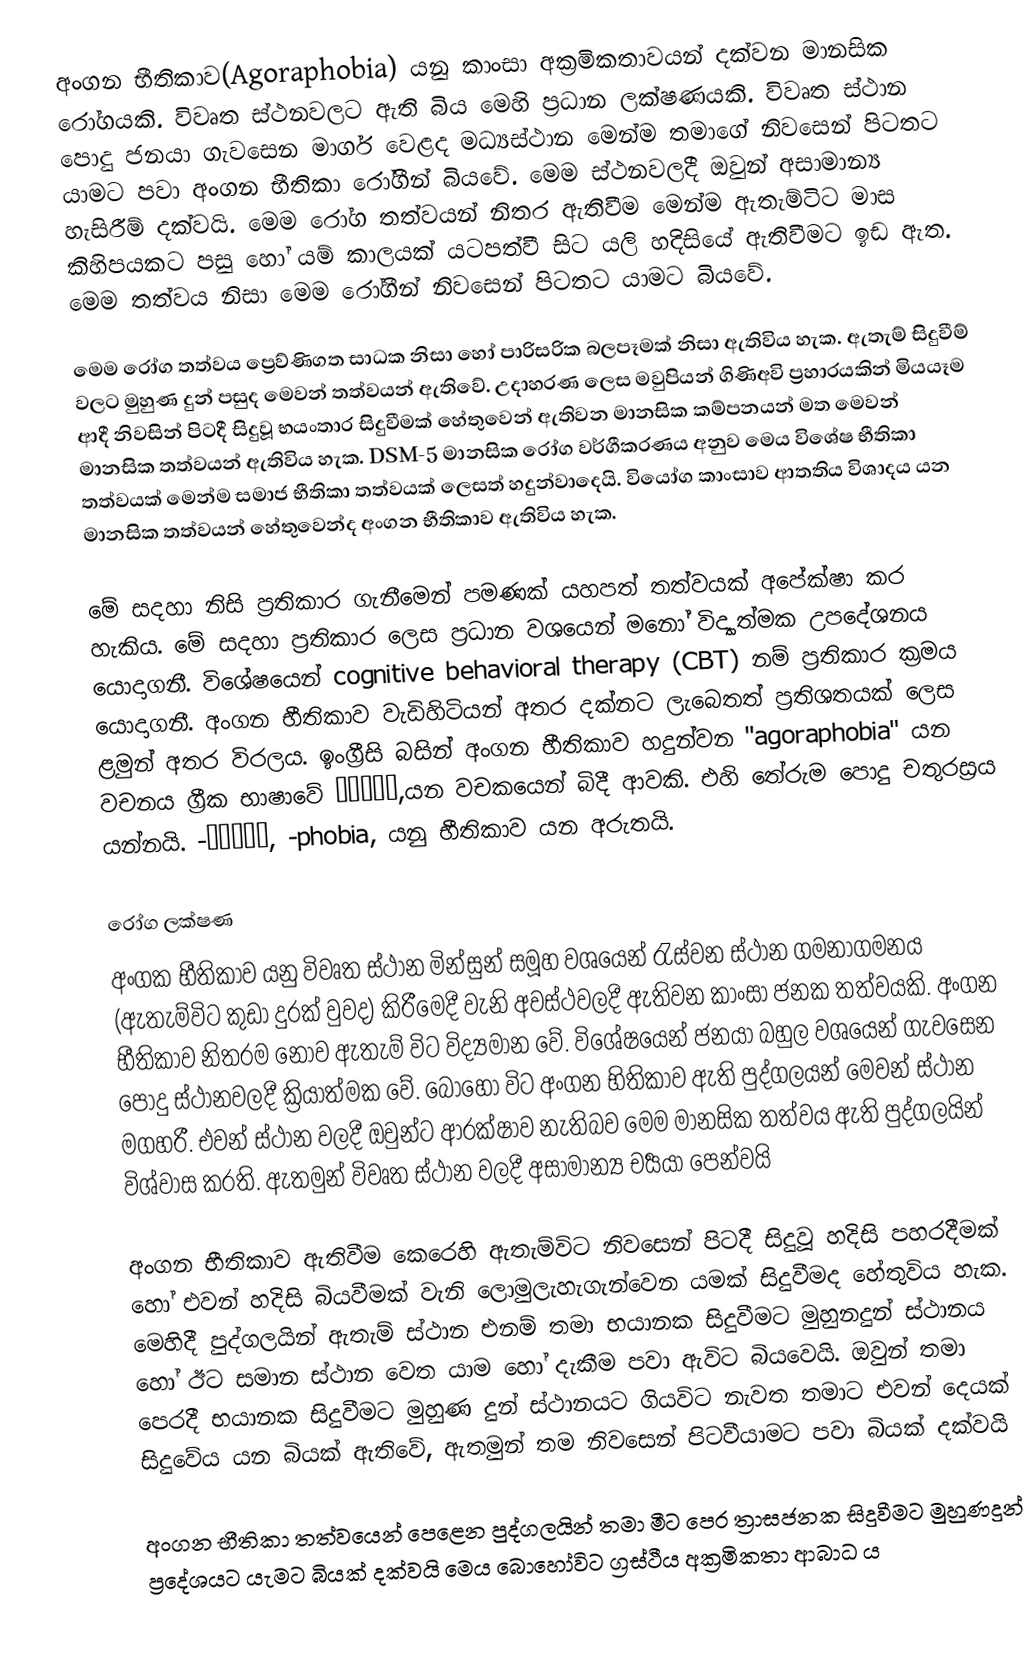
අංගන භීතිකාව(Agoraphobia) යනු කාංසා අක්‍රමිකතාවයන් දක්වන මානසික රෝගයකි. විවෘත ස්ථනවලට ඇති බිය මෙහි ප්‍රධාන ලක්ෂණයකි. විවෘත ස්ථාන පොදු ජනයා ගැවසෙන මාර්ග වෙළද මධ්‍යස්ථාන මෙන්ම තමාගේ නිවසෙන් පිටතට යාමට පවා අංගන භීතිකා රෝගීන් බියවේ. මෙම ස්ථනවලදී ඔවුන් අසාමාන්‍ය හැසිරීම් දක්වයි. මෙම රෝග තත්වයන් නිතර ඇතිවීම මෙන්ම ඇතැම්ටිට මාස කිහිපයකට පසු හෝ යම් කාලයක් යටපත්වී සිට යලි හදිසියේ ඇතිවීමට ඉඩ ඇත. මෙම තත්වය නිසා මෙම රෝගීන් නිවසෙන් පිටතට යාමට බියවේ.

මෙම රෝග තත්වය ප්‍රෙව්ණිගත සාධක නිසා හෝ පාරිසරික බලපෑමක් නිසා ඇතිවිය හැක. ඇතැම් සිදුවීම් වලට මුහුණ දුන් පසුද මෙවන් තත්වයන් ඇතිවේ. උදාහරණ ලෙස මවුපියන් ගිණිඅවි ප්‍රහාරයකින් මියයෑම ආදී නිවසින් පිටදී සිදුවූ භයංතාර සිදුවීමක් හේතුවෙන් ඇතිවන මානසික කම්පනයන් මත මෙවන් මානසික තත්වයන් ඇතිවිය හැක. DSM-5  මානසික රෝග වර්ගීකරණය අනුව මෙය විශේෂ භීතිකා තත්වයක් මෙන්ම සමාජ භීතිකා තත්වයක් ලෙසත් හදුන්වාදෙයි. වියෝග කාංසාව ආතතිය විශාදය යන මානසික තත්වයන් හේතුවෙන්ද අංගන භීතිකාව ඇතිවිය හැක.

මේ සදහා නිසි ප්‍රතිකාර ගැනීමෙන් පමණක් යහපත් තත්වයක් අපේක්ෂා කර හැකිය. මේ සදහා ප්‍රතිකාර ලෙස ප්‍රධාන වශයෙන් මනෝ විද්‍යාත්මක උපදේශනය යොදාගනී. විශේෂයෙන් cognitive behavioral therapy (CBT) නම් ප්‍රතිකාර ක්‍රමය යොදාගනී. අංගන භීතිකාව  වැඩිහිටියන් අතර දක්නට ලැබෙතත් ප්‍රතිශතයක් ලෙස ළමුන් අතර විරලය.  ඉංග්‍රීසි බසින් අංගන භීතිකාව හදුන්වන "agoraphobia"  යන වචනය ග්‍රීක භාෂාවේ ἀγορά,යන වචකයෙන් බිදී ආවකි. එහි තේරුම පොදු චතුරස්‍රය යන්නයි. -φοβία, -phobia, යනු භීතිකාව යන අරුතයි.

රෝග ලක්ෂණ
අංගක භීතිකාව යනු විවෘත ස්ථාන මින්සුන් සමූහ වශයෙන් රැස්වන ස්ථාන ගමනාගමනය (ඇතැම්විට කුඩා දුරක් වුවද) කිරීමෙදී වැනි අවස්ථවලදී ඇතිවන කාංසා ජනක තත්වයකි. අංගන භීතිකාව නිතරම නොව ඇතැම් විට විද්‍යමාන වේ. විශේෂයෙන් ජනයා බහුල වශයෙන් ගැවසෙන පොදු ස්ථානවලදී ක්‍රියාත්මක වේ. බොහෝ විට අංගන භිතිකාව ඇති පුද්ගලයන් මෙවන් ස්ථාන මගහරී. එවන් ස්ථාන වලදී ඔවුන්ට ආරක්ෂාව නැතිබව මෙම මානසික තත්වය ඇති පුද්ගලයින් විශ්වාස කරති. ඇතමුන් විවෘත ස්ථාන වලදී අසාමාන්‍ය චර්‍යයා පෙන්වයි

අංගන භීතිකාව ඇතිවීම කෙරෙහි ඇතැම්විට නිවසෙන් පිටදී සිදුවූ හදිසි පහරදීමක් හෝ එවන් හදිසි බියවීමක් වැනි ලොමුලැහැගැන්වෙන යමක් සිදුවීමද හේතුවිය හැක. මෙහිදී පුද්ගලයින් ඇතැම් ස්ථාන එනම් තමා භයානක සිදුවීමට මුහුනදුන් ස්ථානය හෝ ඊට සමාන ස්ථාන වෙත යාම හෝ දැකීම පවා ඇවිට බියවෙයි. ඔවුන් තමා පෙරදී භයානක සිදුවීමට මුහුණ දුන් ස්ථානයට ගියවිට නැවත තමාට එවන් දෙයක් සිදුවේය යන බියක් ඇතිවේ, ඇතමුන් තම නිවසෙන් පිටවීයාමට පවා බියක් දක්වයි

අංගන භීතිකා තත්වයෙන් පෙළෙන පුද්ගලයින් තමා මීට පෙර ත්‍රාසජනක සිදුවීමට මුහුණදුන් ප්‍රදේශයට යැමට බියක් දක්වයි මෙය බොහෝවිට ග්‍රස්ථීය අක්‍රමිකතා ආබාධ ය